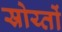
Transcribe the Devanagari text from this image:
स्रोय्तों